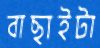
বাছাইটা